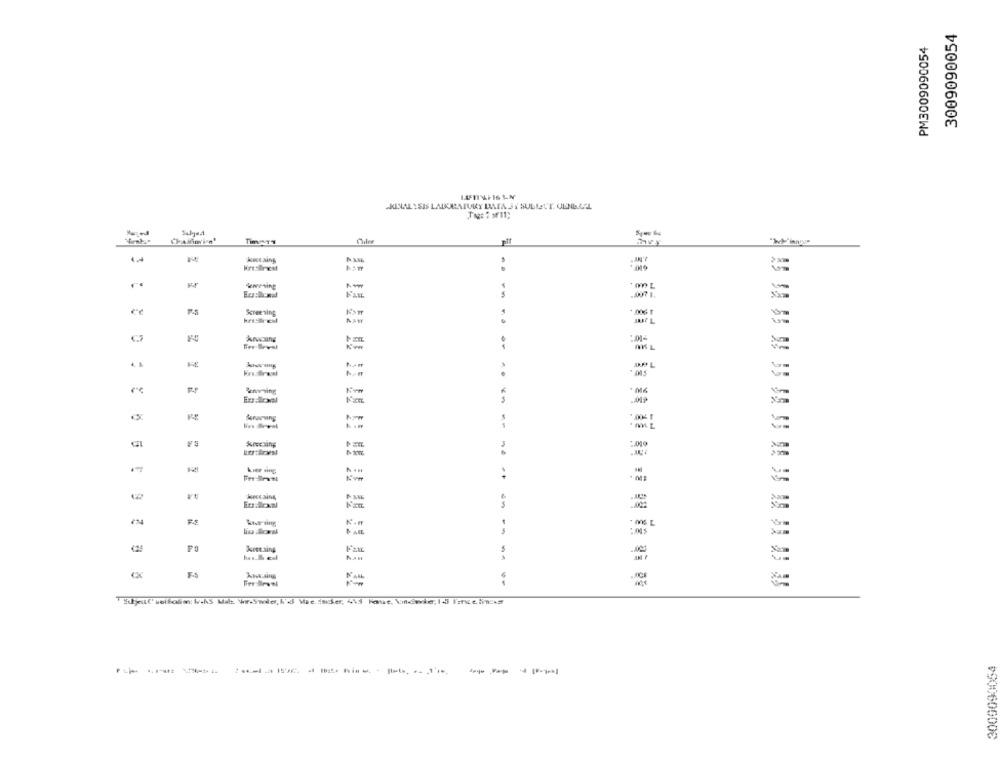
3009090054
PM3009090054
CRINAL YSIS LABURRATURY DATA JI SULLETT. ULNERAL
..
-
kacesing
IN ANE
HiresBrist
..
.. 007 1.
Screening
:01-
. .
.. ..
krarving
koccaine
--
425
Kees aing
3009090054
-------